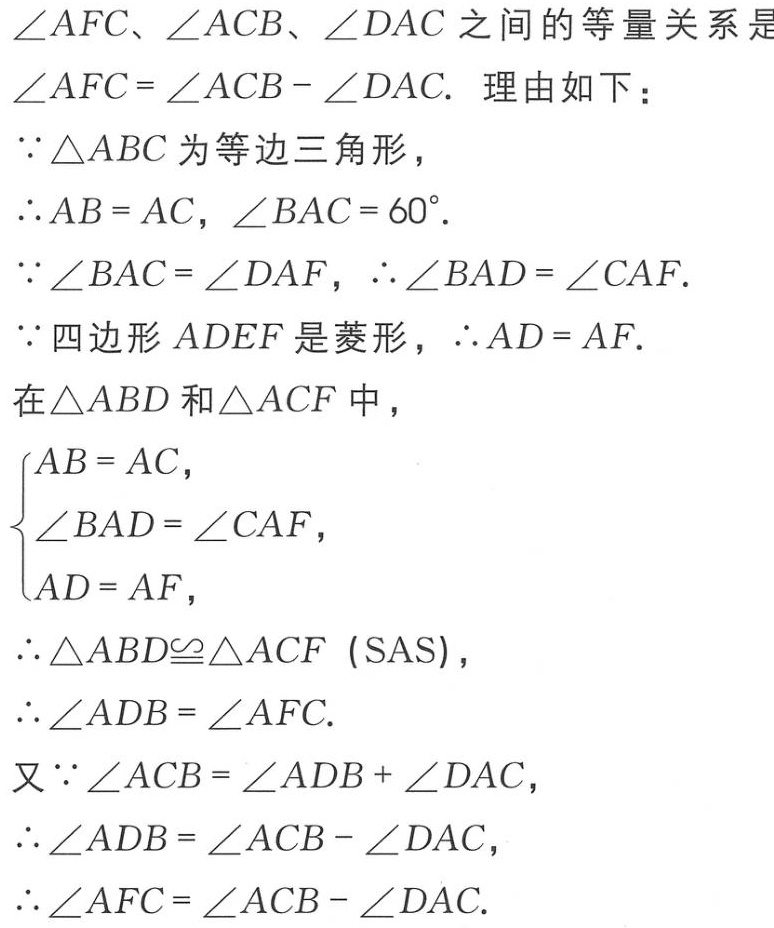
\(\angle AFC、\angle ACB、\angle DAC\)之间的等量关系是
\(\angle AFC = \angle ACB - \angle DAC.\) 理由如下：
\(\because\triangle ABC\)为等边三角形，
\(\therefore AB = AC，\angle BAC = 60^{\circ}.\)
\(\because\angle BAC = \angle DAF，\therefore\angle BAD = \angle CAF.\)
\(\because\)四边形\(ADEF\)是菱形，\(\therefore AD = AF.\)
在\(\triangle ABD\)和\(\triangle ACF\)中，
\(\begin{cases}
AB = AC,\\
\angle BAD = \angle CAF,\\
AD = AF,
\end{cases}\)
\(\therefore\triangle ABD\cong\triangle ACF\ (\text{SAS})\)，
\(\therefore\angle ADB = \angle AFC.\)
又\(\because\angle ACB = \angle ADB + \angle DAC\)，
\(\therefore\angle ADB = \angle ACB - \angle DAC\)，
\(\therefore\angle AFC = \angle ACB - \angle DAC.\)